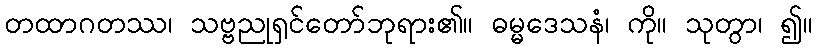
တထာဂတဿ၊ သဗ္ဗညုရှင်တော်ဘုရား၏။ ဓမ္မဒေသနံ၊ ကို။ သုတွာ၊ ၍။